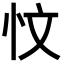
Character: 忟